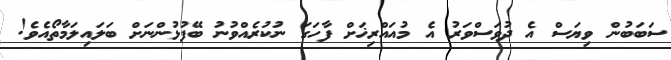
ސަބަބުން ވިޔަސް އެ ދުވަސްވަރު އެ މުއައްރިޚަށް ފާހަގަ ނުކުރެއްވުނު ބޭފުޅުންނަށް ބަލައިލަމާތޯއެވެ!